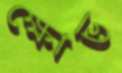
ক্ষোভ